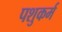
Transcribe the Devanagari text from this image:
पशुकर्म